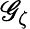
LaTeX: \mathscr{G}_{\zeta}